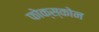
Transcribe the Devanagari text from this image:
फोक्स्कोन